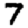
Digit: 7